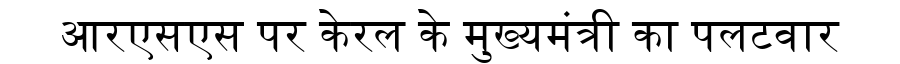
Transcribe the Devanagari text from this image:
आरएसएस पर केरल के मुख्यमंत्री का पलटवार